Vaccination in Bombay 1874-1876 - 1874-1876
Year: 1874
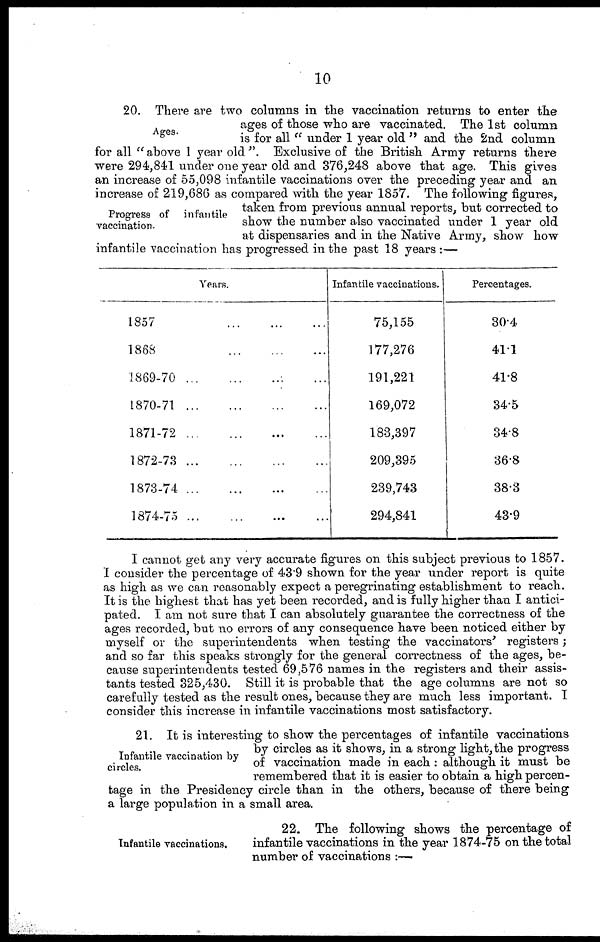
10
Ages.
Progress of infantile
vaccination.
20. There are two columns in the vaccination returns to enter the
ages of those who are vaccinated. The 1st column
is for all " under 1 year old " and the 2nd column
for all " above 1 year old ". Exclusive of the British Army returns there
were 294,841 under one year old and 376,248 above that age. This gives
an increase of 55,098 infantile vaccinations over the preceding year and an
increase of 219,686 as compared with the year 1857. The following figures,
taken from previous annual reports, but corrected to
show the number also vaccinated under 1 year old
at dispensaries and in the Native Army, show how
infantile vaccination has progressed in the past 18 years :—
Years.
1857
...
...
...
1868
...
...
...
1869-70 ... ... ... ...
1870-71
...
...
...
...
1871-72
...
...
...
...
1872-73
...
...
...
...
1873-74
...
...
...
...
1874-75
...
...
...
...
Infantile vaccinations.
75,155
177,276
191,221
169,072
183,397
209,395
239,743
294,841
Percentages.
30.4
41.1
41.8
34.5
34.8
36.8
38.3
43.9
I cannot get any very accurate figures on this subject previous to 1857.
I consider the percentage of 43.9 shown for the year under report is quite
as high as we can reasonably expect a peregrinating establishment to reach.
It is the highest that has yet been recorded, and is fully higher than I antici-
pated. I am not sure that I can absolutely guarantee the correctness of the
ages recorded, but no errors of any consequence have been noticed either by
myself or the superintendents when testing the vaccinators' registers;
and so far this speaks strongly for the general correctness of the ages, be-
cause superintendents tested 69,576 names in the registers and their assis-
tants tested 325,430. Still it is probable that the age columns are not so
carefully tested as the result ones, because they are much less important. I
consider this increase in infantile vaccinations most satisfactory.
Infantile vaccination by
circles.
21. It is interesting to show the percentages of infantile vaccinations
by circles as it shows, in a strong light, the progress
of vaccination made in each : although it must be
remembered that it is easier to obtain a high percen-
tage in the Presidency circle than in the others, because of there being
a large population in a small area.
Infantile vaccinations.
22. The following shows the percentage of
infantile vaccinations in the year 1874-75 on the total
number of vaccinations :—